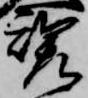
魂